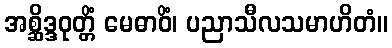
အစ္ဆိဒ္ဒဝုတ္တိံ မေဓာဝိံ၊ ပညာသီလသမာဟိတံ။